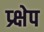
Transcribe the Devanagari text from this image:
प्र्क्षेप